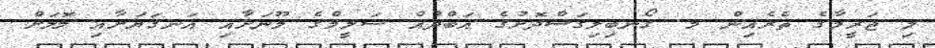
މި ޖަރީމާގެ ތެރެއިން މ. ގޯނބިލިގަސްދޮށުގެ އަބްދުއް ސަލީމްގެ މޫނަށާއި އަނގަޔަށާއި ލޮލަށް